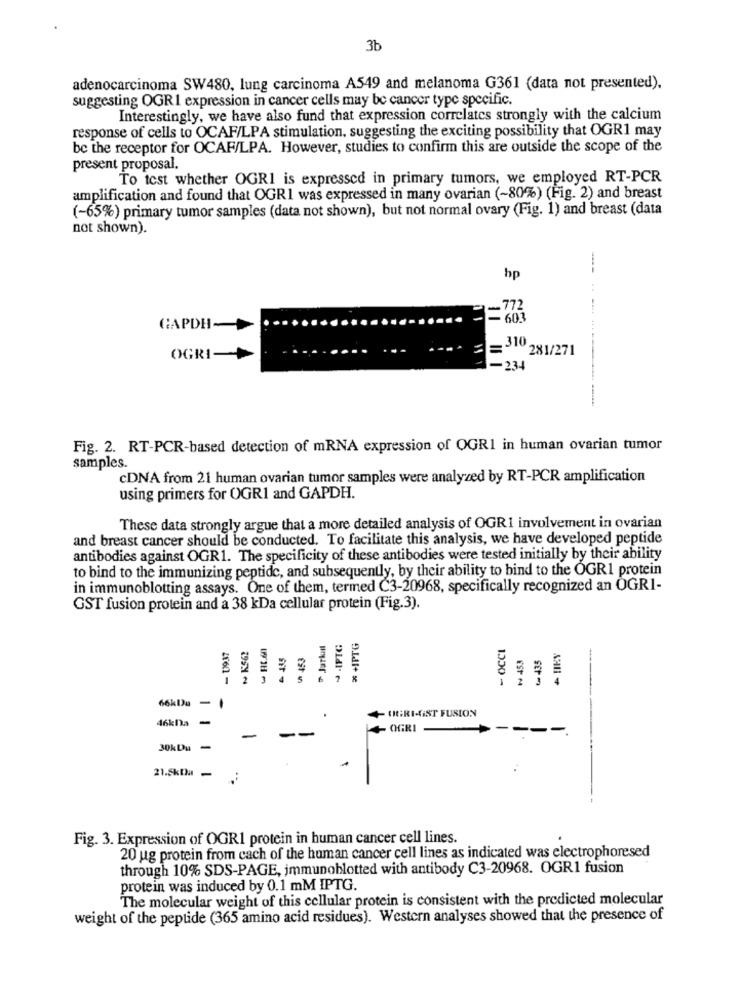
3b
adenocarcinoma SW480, lung carcinoma A549 and melanoma G361 (data not presented).
suggesting OGR1 expression in cancer cells may be cancer type specific.
Interestingly, we have also fund that expression correlates strongly with the calcium
response of cells to OCAF/LPA stimulation, suggesting the exciting possibility that OGR1 may
be the receptor for OCAF/LPA. However, studies to confirm this are outside the scope of the
present proposal.
To test whether OGRI is expressed in primary tumors, we employed RT-PCR
amplification and found that OGR1 was expressed in many ovarian (-80%) (Fig. 2) and breast
(-65%) primary tumor samples (data not shown), but not normal ovary (Fig. 1) and breast (data
not shown).
hp
GAPDH-
310 281/271
OGRI-
-234
Fig. 2. RT-PCR-based detection of mRNA expression of OGRI in human ovarian tumor
samples.
cDNA from 21 human ovarian tumor samples were analyzed by RT-PCR amplification
using primers for OGR1 and GAPDH.
These data strongly argue that a more detailed analysis of OGRI involvement in ovarian
and breast cancer should be conducted. To facilitate this analysis, we have developed peptide
antibodies against OGR1. The specificity of these antibodies were tested initially by their ability
to bind to the immunizing peptide, and subsequently, by their ability to bind to the OGR1 protein
in immunoblotting assays. One of them, termed C3-20968, specifically recognized an OGRI-
GST fusion protein and a 38 kDa cellular protein (Fig.3).
Jurkal
2.IPTG
* +IPTG
- OCCI
- 179,37
₦ KS62
& 435
Ch 453
& 435
+ HIEY
₩ 453
3
66kDu
-
- OGRI-IST FUSION
46klla
-
OGRI
30kDu
-
21.5km -
Fig. 3. Expression of OGR1 protein in human cancer cell lines.
20 ug protein from cach of the human cancer cell lines as indicated was electrophoresed
through 10% SDS-PAGE, immunoblotted with antibody C3-20968. OGR1 fusion
protein was induced by 0.1 mM IPTG.
The molecular weight of this cellular protein is consistent with the predicted molecular
weight of the peptide (365 amino acid residues). Western analyses showed that the presence of